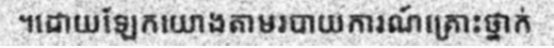
។ដោយឡែកយោងតាមរបាយការណ៍គ្រោះថ្នាក់